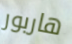
هاربور